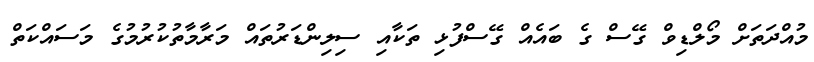
މުއްދަތަށް މޯލްޑިވްް ގޭސް ގެ ބައެއް ގޭސްފުޅި ތަކާއި ސިލިންޑަރުތައް މަރާމާތުކުރުމުގެ މަސައްކަތް